Annual report of the Punjab Veterinary College and of the Civil Veterinary Department, Punjab - 1894-1908
Year: 1894
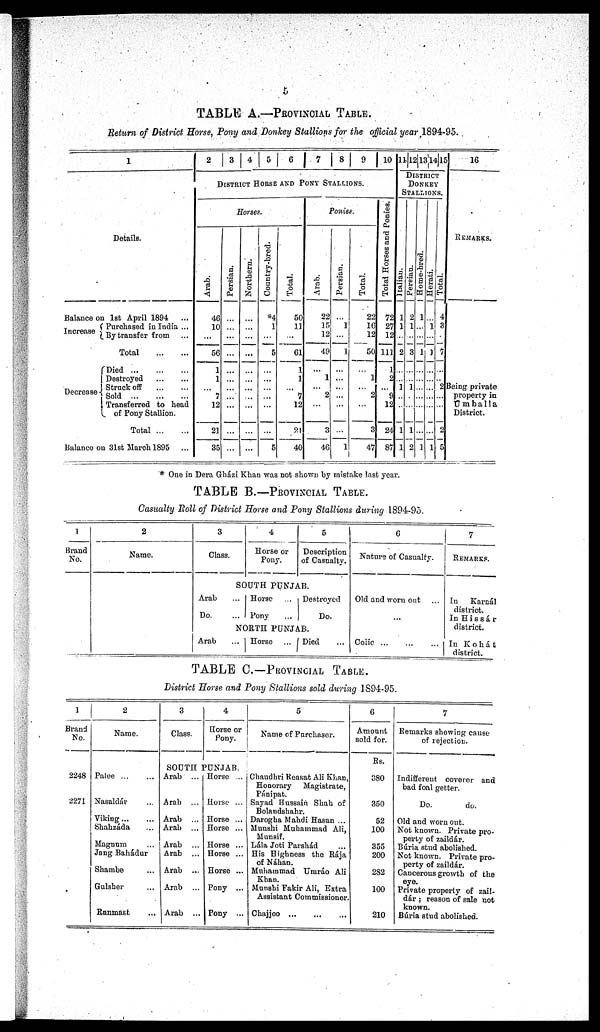
5
TABLE A.—PROVINCIAL TABLE.
Return of District Horse, Pony and Donkey Stallions for the official year 1894-95.
1
Details.
Balance on 1st April 1894 ...
Increase
Purchased in India ...
By transfer from
...
Total
...
...
Decrease
Died
...
...
...
Destroyed
...
...
Struck off ... ...
Sold
...
...
...
Transferred to head
of Pony Stallion.
Total
...
...
Balance on 31st March 1895 ...
2
3
4
5
6 7 8 9 10
DISTRICT HORSE AND PONY STALLIONS.
Horses
Arab.
46
10
...
56
1
1
...
7
12
21
35
Persian.
...
...
...
...
...
...
...
...
...
...
...
Northern.
...
...
...
...
...
...
...
...
...
...
...
Country-bred.
84
1
...
5
...
...
...
...
...
...
5
Total.
50
11
...
61
1
1
...
1
12
21
40
Ponies
Arab.
22
15
12
49
...
1
... 2
...
3
46
Persian.
...
1
...
1
...
...
...
...
...
...
1
Total.
22
16
12
50
...
1
...
2
...
3
47
Total Horses and Ponies.
72
27
12
111
1
2
9
12
24
87
11 12 13 14 15
DISTRICT
DONKEY
STALLIONS.
Italian.
1
1
...
2
...
...
1
...
...
1
1
Persian.
2
1
...
3
...
...
1
...
...
1
2
Home-bred.
1
...
...
1
...
...
...
...
...
...
1
Herati.
...
1
...
1
—
...
...
...
...
...
...
1
| Total.
4
3
...
7
...
...
2
...
...
2
5
16
REMARKS.
Being private
property in
Umballa
District.
* One in Dera Gházi Khan was not shown by mistake last year.
TABLE B.—PROVINCIAL TABLE.
Casualty Roll of District Horse and Pony Stallions during 1894-95.
1
Brand
No.
2
Name.
3
Class.
4
Horse or
Pony.
5
Description
of Casnalty.
SOUTH PUNJAB.
Arab ...
Do. ...
Horse ...
Pony ...
Destroyed
Do.
NORTH PUNJAB.
Arab ...
Horse ...
Died ...
6
Nature of Casualty.
Old and worn out ...
...
Colic ... ... ...
7
REMARKS.
In
Karnál
district.
In Hissár
district.
In Kohát
district.
TABLE C.—Provincial Table.
District Horse and Pony Stallions sold during 1894-95.
1
Brand
No.
2248
2271
2
Name.
Palee
...
...
Nasaldár ...
Viking ... ...
Shahzáda ...
Magnum ...
Jang Bahádur
Shambe ...
Gulsher ...
Runmast ...
3
Class.
4
Horse or
Pony.
SOUTH PUNJAB.
Arab ...
Arab ...
Arab ...
Arab ...
Arab ...
Arab ...
Arab ...
Arab ...
Arab ...
Horse ...
Horse ...
Horse ...
Horse ...
Horse ...
Horse ...
Horse ...
Pony ...
Pony ...
5
Name of Purchaser.
Chaudhri Reasat Ali Khan,
Honorary
Magistrate,
Pánipat.
Sayad Hussain Shah of
Bolandshahr.
Darogha Mahdi Hasan ...
Munshi Muhammad Ali,
Munsif.
Lála Joti Parshád ...
His Highness the Rája
of Náhan.
Muhammad Umráo Ali
Khan.
Munshi Fakir Ali, Extra
Assistant Commissioner.
Chajjoo
...
...
...
6
Amount
sold for.
Rs.
380
350
52
100
355
200
282
100
210
7
Remarks showing cause
of rejection.
Indifferent coverer and
bad foal getter.
Do.
do.
Old and worn out.
Not known. Private pro-
perty of zaildér.
Búria stud abolished.
Not known. Private pro-
perty of zaildár.
Cancerous growth of the
eye.
Private property of zail-
dár; reason of sale not
known.
Búria stud abolished.